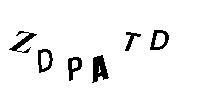
ZDPATD